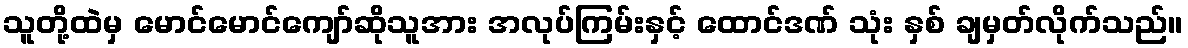
သူတို့ထဲမှ မောင်မောင်ကျော်ဆိုသူအား အလုပ်ကြမ်းနှင့် ထောင်ဒဏ် သုံး နှစ် ချမှတ်လိုက်သည်။